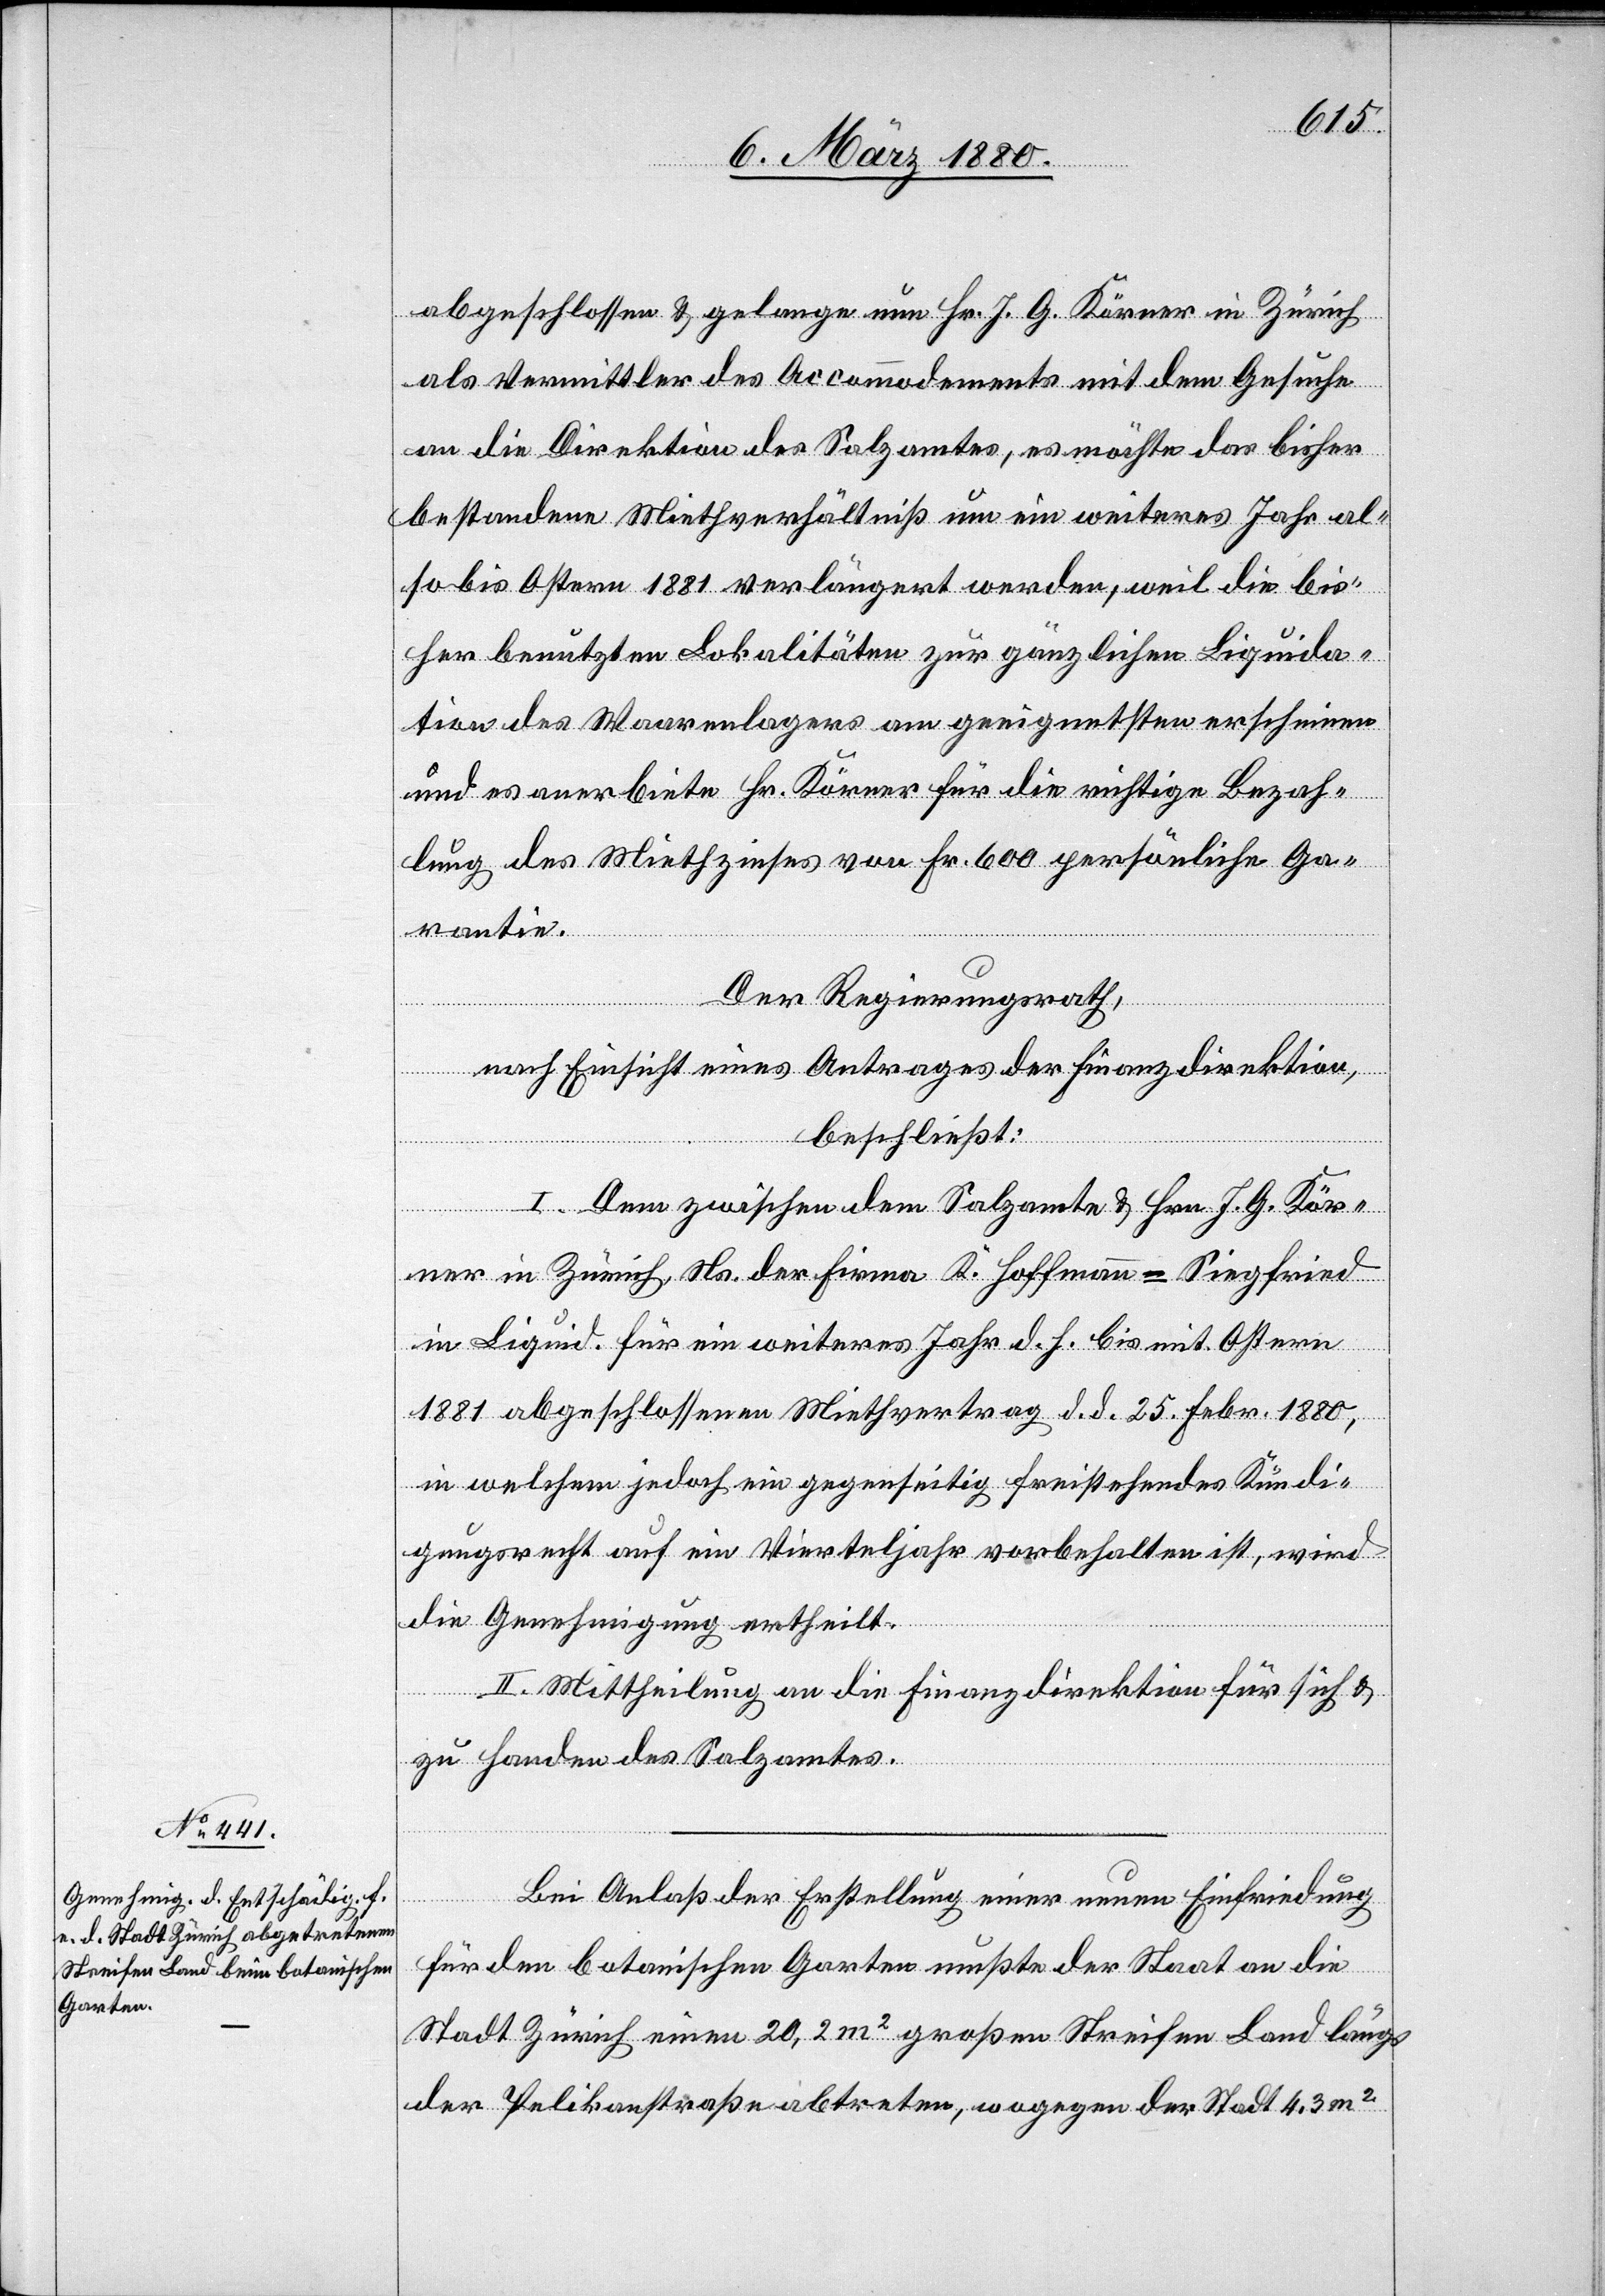
abgeschlossen & gelange nun Hr. J. G. Körner in Zürich
als Vermittler des Accomodements mit dem Gesuche
an die Direktion des Salzamtes, es möchte das bisher
bestandene Miethverhältniß um ein weiteres Jahr al¬
so bis Ostern 1881 verlängert werden, weil die bis¬
her benutzten Lokalitäten zur gänzlichen Liquida¬
tion des Waarenlagers am geeignetsten erscheinen
und es anerbiete Hr. Körner für die richtige Bezah¬
lung des Miethpreises von Fr. 600 persönliche Ga¬
rantie.
Der Regierungsrath,
nach Einsicht eines Antrages der Finanzdirektion,
beschließt:
I. Dem zwischen dem Salzamte & Hrn. J. G. Kör¬
ner in Zürich, Ns. der Firma R. Hoffmann-Siegfried
in Liquid. für ein weiteres Jahr d. h. bis mit Ostern
1881 abgeschlossenen Miethvertrag d. d. 25. Febr. 1880,
in welchem jedoch ein gegenseitig freistehendes Kündi¬
gungsrecht auf ein Vierteljahr vorbehalten ist, wird
die Genehmigung ertheilt.
II. Mittheilung an die Finanzdirektion für sich &
zu Handen des Salzamtes.
Bei Anlaß der Erstellung einer neuen Einfriedung
für den botanischen Garten mußte der Staat an die
Stadt Zürich einen 20, 2 m2 großen Streifen Land längs
der Pelikanstraße abtreten, wogegen der Stadt 4,3 m2